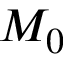
M _ { 0 }